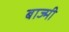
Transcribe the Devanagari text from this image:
बाज्मी